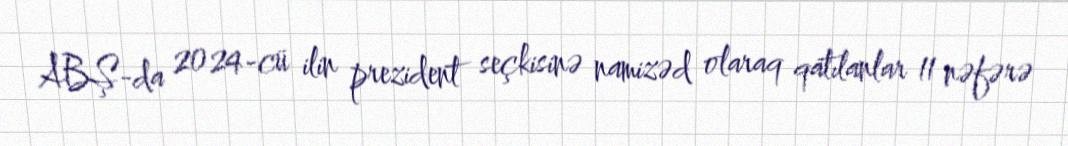
ABŞ-da 2024-cü ilin prezident seçkisinə namizəd olaraq qatılanlar 11 nəfərə